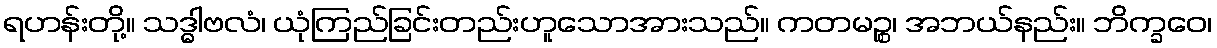
ရဟန်းတို့။ သဒ္ဓါဗလံ၊ ယုံကြည်ခြင်းတည်းဟူသောအားသည်။ ကတမဉ္စ၊ အဘယ်နည်း။ ဘိက္ခဝေ၊